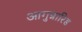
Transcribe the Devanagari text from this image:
आगुन्नारिड